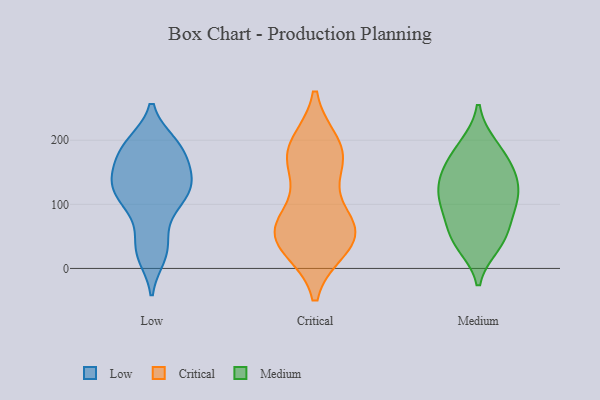
{"axis": {"x": "Customer Acquisition Cost (USD)", "y": "Value"}, "legend": ["Critical", "Low", "Medium"], "data": [{"x": "", "y": 124, "type": "Low"}, {"x": "", "y": 37, "type": "Low"}, {"x": "", "y": 109, "type": "Low"}, {"x": "", "y": 189, "type": "Low"}, {"x": "", "y": 110, "type": "Low"}, {"x": "", "y": 120, "type": "Low"}, {"x": "", "y": 77, "type": "Low"}, {"x": "", "y": 26, "type": "Low"}, {"x": "", "y": 164, "type": "Low"}, {"x": "", "y": 195, "type": "Low"}, {"x": "", "y": 143, "type": "Low"}, {"x": "", "y": 153, "type": "Low"}, {"x": "", "y": 148, "type": "Low"}, {"x": "", "y": 192, "type": "Low"}, {"x": "", "y": 192, "type": "Low"}, {"x": "", "y": 119, "type": "Low"}, {"x": "", "y": 20, "type": "Low"}, {"x": "", "y": 49, "type": "Critical"}, {"x": "", "y": 175, "type": "Critical"}, {"x": "", "y": 176, "type": "Critical"}, {"x": "", "y": 54, "type": "Critical"}, {"x": "", "y": 190, "type": "Critical"}, {"x": "", "y": 70, "type": "Critical"}, {"x": "", "y": 52, "type": "Critical"}, {"x": "", "y": 66, "type": "Critical"}, {"x": "", "y": 168, "type": "Critical"}, {"x": "", "y": 36, "type": "Critical"}, {"x": "", "y": 120, "type": "Medium"}, {"x": "", "y": 192, "type": "Medium"}, {"x": "", "y": 37, "type": "Medium"}, {"x": "", "y": 89, "type": "Medium"}, {"x": "", "y": 147, "type": "Medium"}, {"x": "", "y": 61, "type": "Medium"}, {"x": "", "y": 45, "type": "Medium"}, {"x": "", "y": 97, "type": "Medium"}, {"x": "", "y": 163, "type": "Medium"}, {"x": "", "y": 108, "type": "Medium"}, {"x": "", "y": 189, "type": "Medium"}, {"x": "", "y": 138, "type": "Medium"}, {"x": "", "y": 152, "type": "Medium"}, {"x": "", "y": 110, "type": "Medium"}, {"x": "", "y": 43, "type": "Medium"}]}